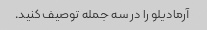
آرمادیلو را در سه جمله توصیف کنید.